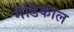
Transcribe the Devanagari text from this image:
मेडिकाल